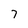
Character: 7